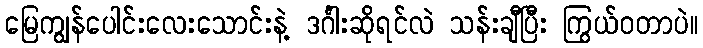
မြေကျွန်ပေါင်းလေးသောင်းနဲ့ ဒင်္ဂါးဆိုရင်လဲ သန်းချီပြီး ကြွယ်ဝတာပဲ။